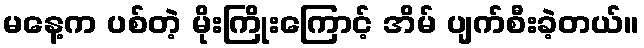
မနေ့က ပစ်တဲ့ မိုးကြိုးကြောင့် အိမ် ပျက်စီးခဲ့တယ်။